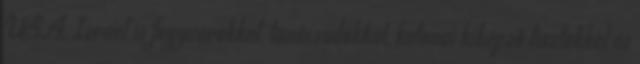
USA, Izrael is fegyverekkel, tanácsadókkal, katonai kiképző tisztekkel és